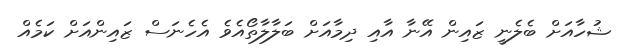
ޝުހާއަށް ބެލެނީ ޒައިން އޭނާ އާއި ދިމާއަށް ބަލާލާތޯއެވެ އެހެނަސް ޒައިންއަށް ކަމެއް